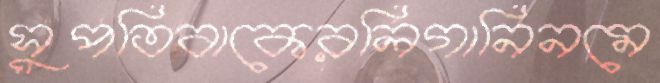
সুপতিবাকেরলিগানিনমে